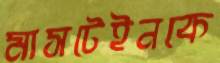
মাসটেইনকে